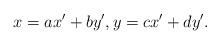
LaTeX: \begin{align*}x=ax'+by',y=cx'+dy'.\end{align*}